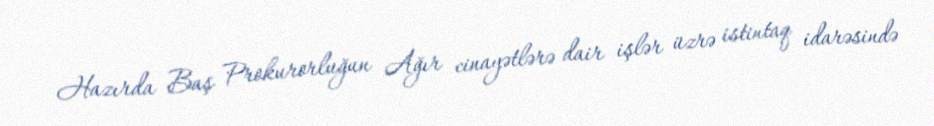
Hazırda Baş Prokurorluğun Ağır cinayətlərə dair işlər üzrə istintaq idarəsində